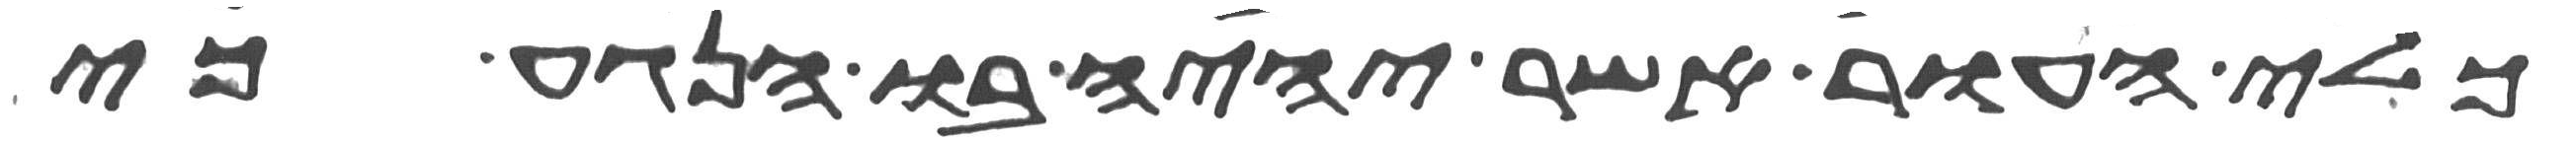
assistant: כלי העור אשר יהיה בו הנגע כי